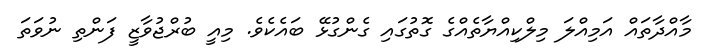
މާއްދާތައް އަމިއްލަ މިލްކިއްޔާތެއްގެ ގޮތުގައި ގެންގުޅޭ ބައެކެވެ. މިއީ ބުރްޖުވާޒީ ފަންތި ނުވަތަ